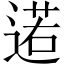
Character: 逽